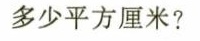
多少平方厘米?